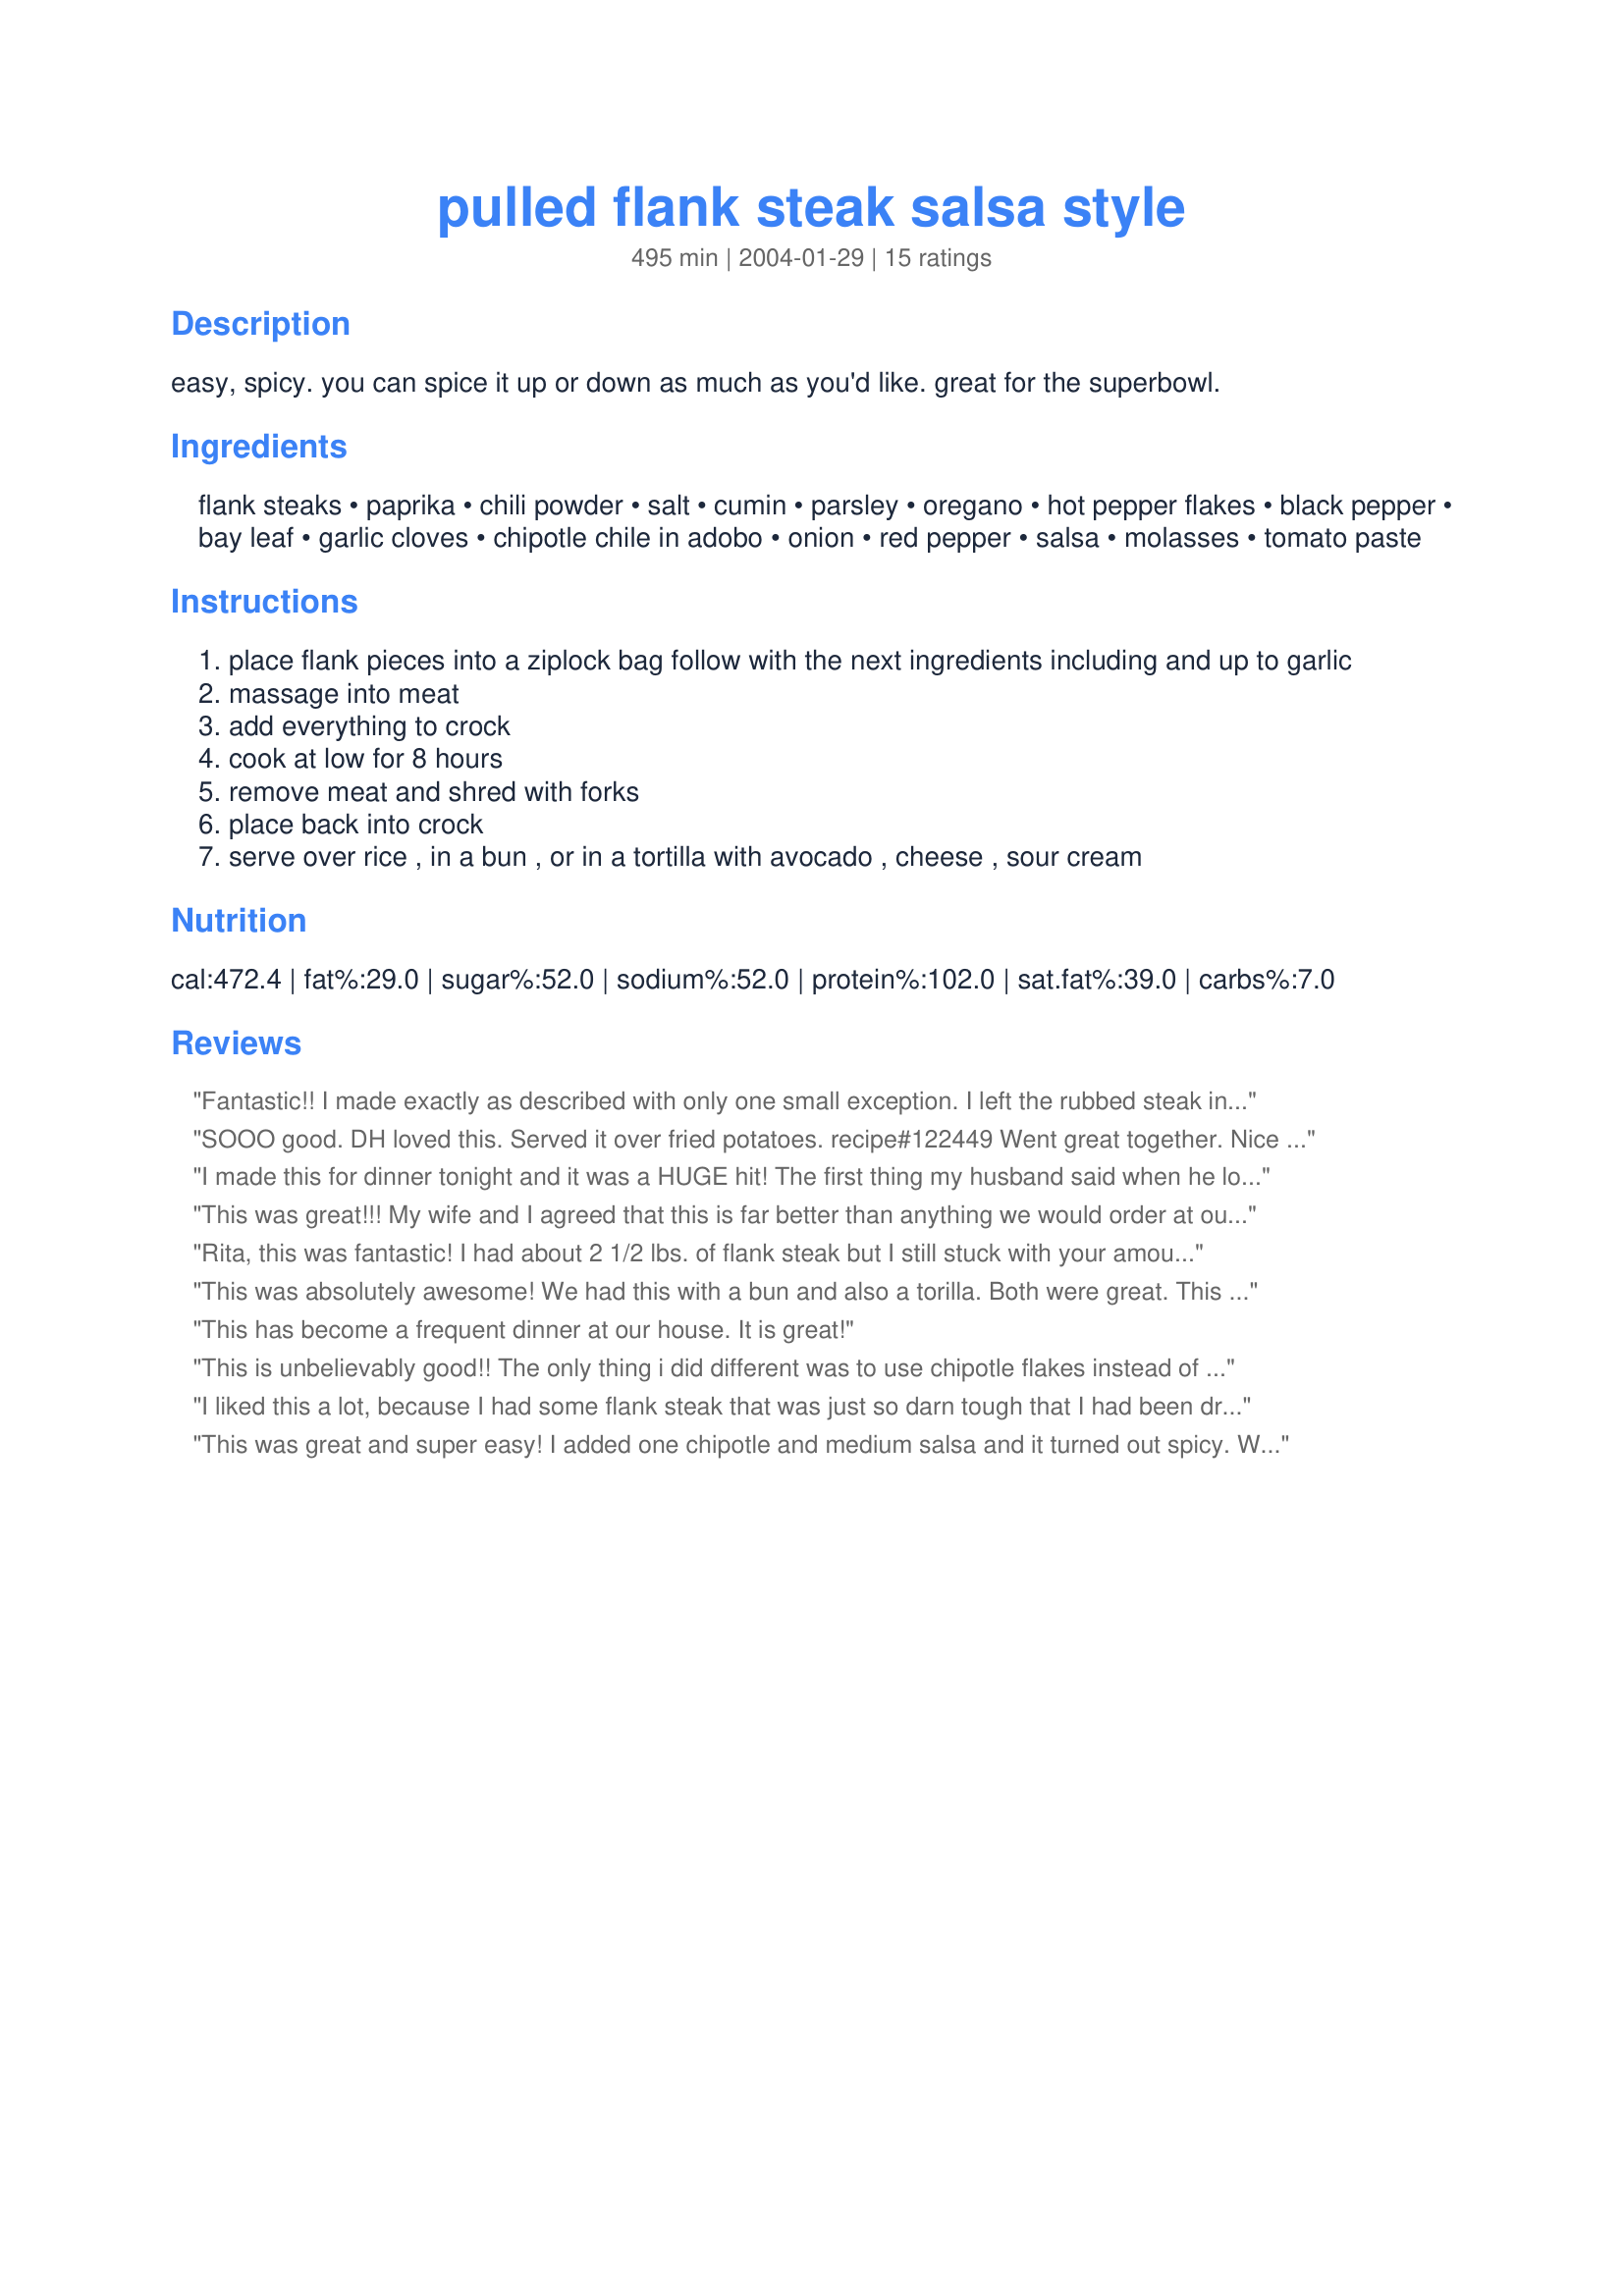
pulled flank steak salsa style
Preparation time: 495 minutes

easy, spicy. you can spice it up or down as much as you'd like. great for the superbowl.

Ingredients:
flank steaks, paprika, chili powder, salt, cumin, parsley, oregano, hot pepper flakes, black pepper, bay leaf, garlic cloves, chipotle chile in adobo, onion, red pepper, salsa, molasses, tomato paste

Steps:
place flank pieces into a ziplock bag follow with the next ingredients including and up to garlic
massage into meat
add everything to crock
cook at low for 8 hours
remove meat and shred with forks
place back into crock
serve over rice , in a bun , or in a tortilla with avocado , cheese , sour cream

Reviews:
Fantastic!! I made exactly as described with only one small exception. I left the rubbed steak in the fridge overnight prior to putting in crockpot the following day. Served on rolls to sister-in-law's family who is excetionally picky, fully expecting (& hoping) to have lots of leftovers but they all loved it!!! No leftovers this time, and the standby hot dogs/hamburgers that we always have for them were not eaten. They did say it was quite spicy, next time I will probably not aded the red pepper for them. However we loved it. thanks for a great recipe!
SOOO good. DH loved this. Served it over fried potatoes. recipe#122449 Went great together. Nice recipe to use when it is so hot outside!
I made this for dinner tonight and it was a HUGE hit! The first thing my husband said when he looked in the crockpot was, "I can't wait to try this; it looks and smells really, really good!" Then he raved about it all night long! I only made two changes to the recipe; I marinated the meat in the spices overnight and I cut the cumin in half. This is definately a keeper and, I'm sure, will be requested quite often!! I am already looking forward to making this recipe in a dutch oven this summer when our family goes on our annual camping trip! Thanks for the great recipe!
This was great!!! My wife and I agreed that this is far better than anything we would order at our local mexican resturant. I placed spices on flank steak night before and this gave meat a chance to absorb flavor. I used crushed red pepper flakes and 1 teaspoon was a little to spicy for my family. I will use a quarter to a half teaspoon next time. Overall this was easy and had great flavor.
Rita, this was fantastic! I had about 2 1/2 lbs. of flank steak but I still stuck with your amount of spices and stuff. I used crushed red pepper (a bit less than stated) and just 1 chipotle, to appease my family's sensitive stomachs. They all LOVED it and want me to make it again next Sunday :) So easy and so good! We had it on flour tortillas with sour cream, slices of avocado and grated white cheddar cheese. This is going into our favorites file! Thanks so much!
This was absolutely awesome! We had this with a bun and also a torilla. Both were great. This was easy quick and easy to put together and the flavor was out of this world. Thanks for posting this wonderful recipe.
This has become a frequent dinner at our house. It is great!
This is unbelievably good!! The only thing i did different was to use chipotle flakes instead of chili flakes. We ate it wrapped in a tortilla with the sour cream and avocados as suggested. We liked it so much we ate if for dinner the next night too!!!! This recipe is AWESOME!!! Thanks Rita!
I liked this a lot, because I had some flank steak that was just so darn tough that I had been dreading using it. I tried it in this recipe and voila! Tender, flavourful, and easy! Need I say more? Thanks for sharing such a great recipe!
This was great and super easy! I added one chipotle and medium salsa and it turned out spicy. We can handle spicy, but were surprised at how spicy it was considering we were going for a "milder" taste. I served this with rice and beans.
YUMMY! I made this awhile ago using beef flap meat. I subbed a 4oz can of diced jalapenos for the chipotle, mild chunky salsa and Splenda brown sugar blend for the molasses. This had a GREAT SPICY SLIGHTLY SWEET flavor.
This was terrific. Very spicy, though, but we all loved it. I started it at noon time, so did it about 3 hours on high and another 1 or so on low. Shredded beautifully. Yum.
This was THE easiest and tastiest dish!! I followed the recipe exactly (with maybe just a couple more garlic cloves thrown in). Mine seemed to be ready after only 5-6 hours on low. So tender...so flavorful! Perfect amount of spice! I know I'll be making this again and again! Thanks!
I didn't make the entire recipe, but used the first group of ingredients as a rub/marinade. Rubbed it over my steak along with some olive oil and let rest for an hour or so. The taste was incredible! definitely a spice mix to have on hand!
Oh, this was so good! I served it in a bun and the only change I made was to add in just a touch of hot sauce. I almost got it to the point of being too hot! But they were excellent. Thanks for sharing the recipe!
